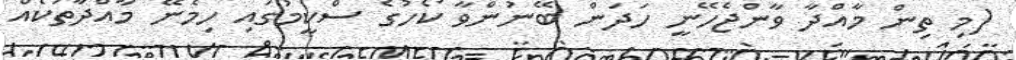
(މި ތިން މާއްދާ ވާންޖެހޭނީ ހަދަން ބޭނުންވާ ކޯހުގެ ސްކީމުގައި ހިމެނޭ މާއްދާތަކެއް